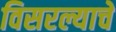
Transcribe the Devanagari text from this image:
विसरल्याचे